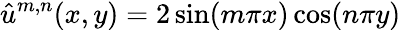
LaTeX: \hat{u}^{m,n}(x,y)=2\sin(m\pi x)\cos(n\pi y)